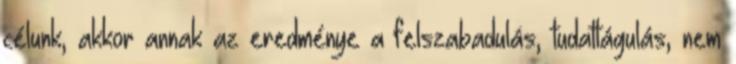
célunk, akkor annak az eredménye a felszabadulás, tudattágulás, nem